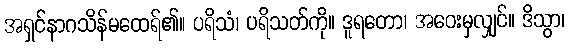
အရှင်နာဂသိန်မထေရ်၏။ ပရိသံ၊ ပရိသတ်ကို။ ဒူရတော၊ အဝေးမှလျှင်။ ဒိသွာ၊